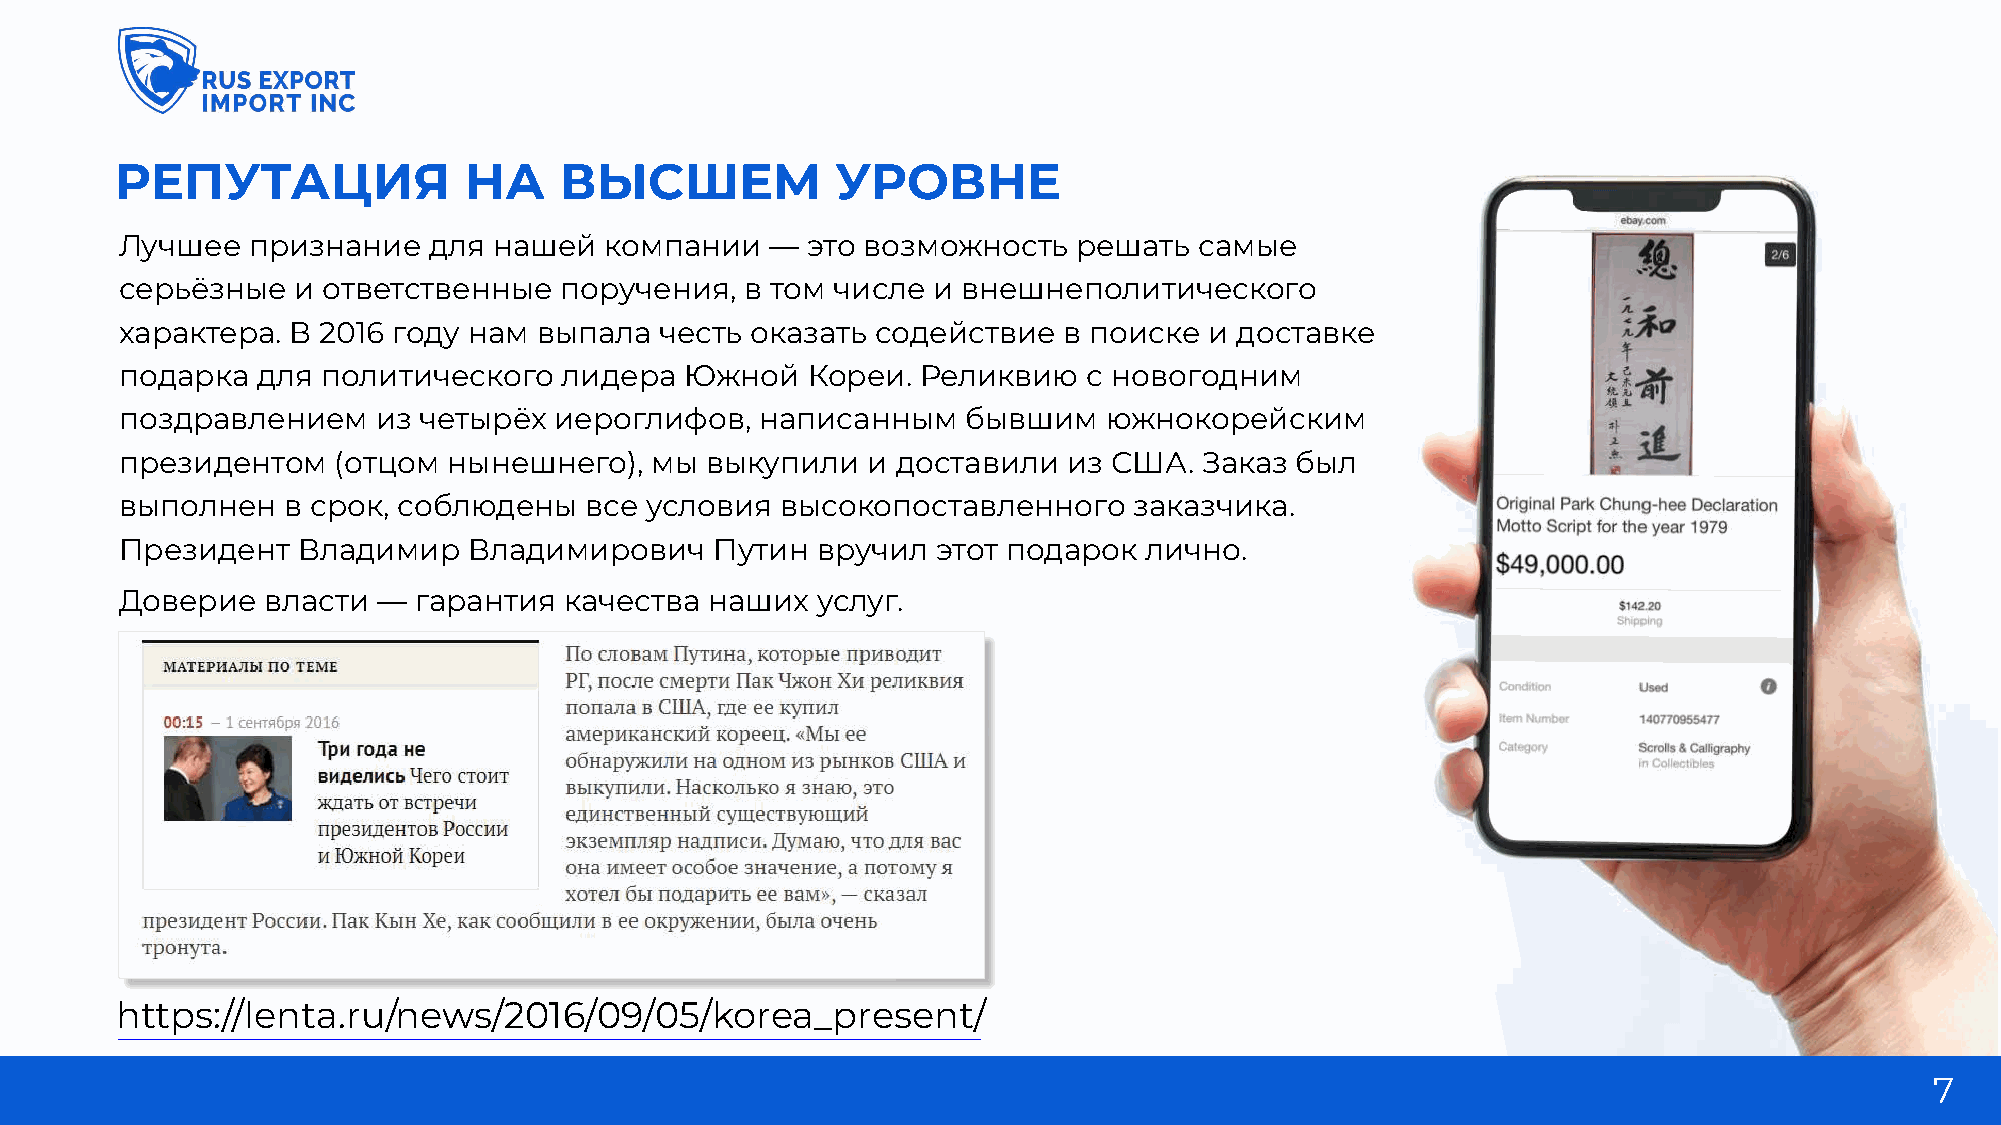
репутация              на    высшем            уровне
 Лучшее  признание   для  нашей  компании   — это возможность   решать  самые
 серьёзные  и ответственные   поручения,  в том числе  и внешнеполитического
 характера. В 2016 году нам  выпала  честь оказать содействие  в поиске  и доставке
 подарка  для политического   лидера  Южной   Кореи.  Реликвию   с новогодним
 поздравлением    из четырёх  иероглифов,  написанным    бывшим   южнокорейским
 президентом   (отцом  нынешнего),  мы  выкупили  и доставили   из США.  Заказ был
 выполнен   в срок, соблюдены   все условия  высокопоставленного    заказчика.
 Президент   Владимир   Владимирович    Путин  вручил  этот подарок  лично.
 Доверие  власти  — гарантия  качества  наших  услуг.
 https://lenta.ru/news/2016/09/05/korea_present/
 7